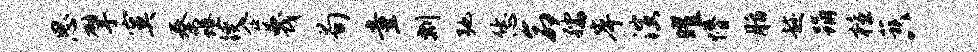
思擘寞秦蜷躞企蔑荀童剽弛恁命孺岸演曜懵脂趁踊檀蔟八